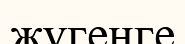
жүгенге